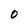
Character: O